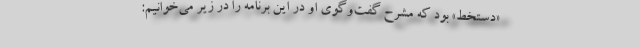
«دستخط» بود که مشرح گفت‌وگوی او در این برنامه را در زیر می‌خوانیم: